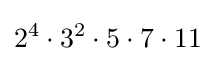
2^{4}\cdot 3^{2}\cdot 5\cdot 7\cdot 11